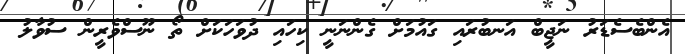
އެންބެސެޑަރު ނަޖީބް އަނބުރައި ގައުމަށް ގެންނަނީ ކިހައި ދުވަހަކަށް ތޯ ނޫސްވެރީން ސުވާލު